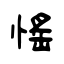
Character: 愮